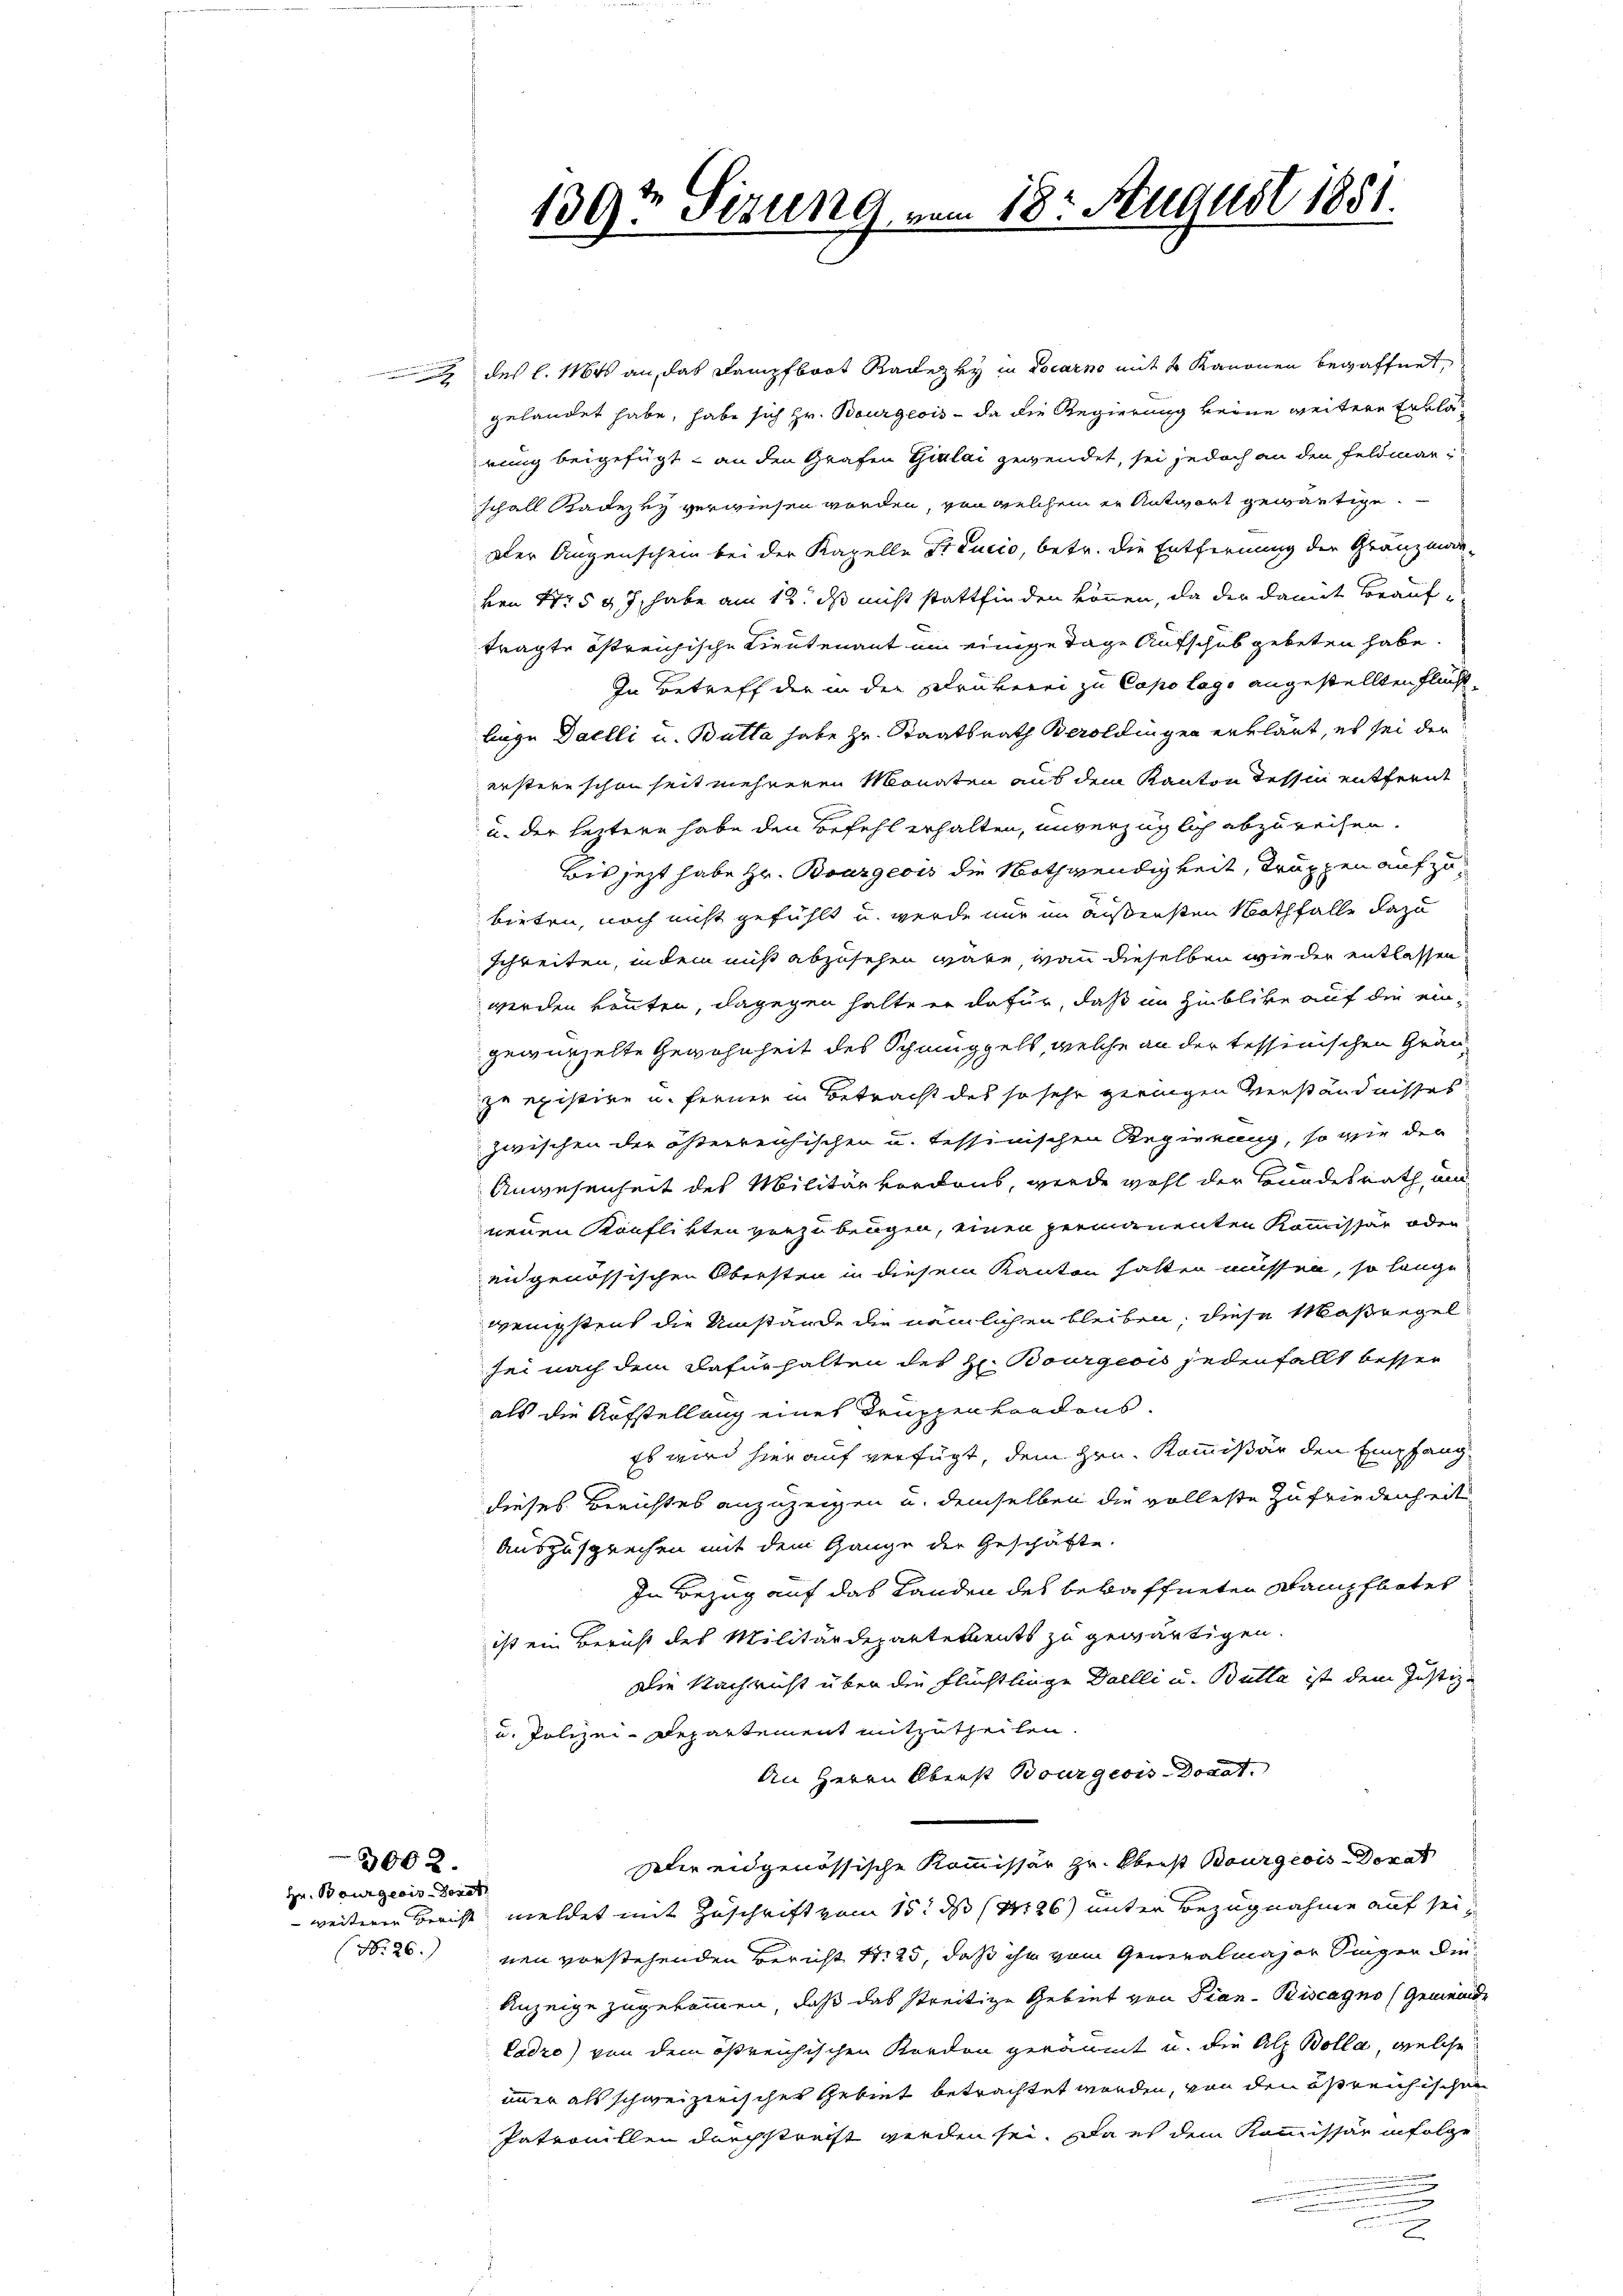
Hr. Bourgeris Dorot

3002.

1397 Sizung vom 18. August 1851.

des l. Mts. an das Kampfboot Radezky in Locarno mit 2 Kanonen bewaffnet,
gelandet habe, habe sich Hr. Bourgeois - da die Regierung keine weitere Erklärung beigefügt - an den Grafen Gialai gewendet, sei jedoch an den Feldmarschall Radezky verwiesen worden, von welchem er Antwort gewärtige.
Der Augenschein bei der Kapelle Treucio, betr. die Entfernung der Gränzman-
von No 597, habe am 12. ds nicht stattfinden können, da der damit Beauftragte östreichische Lieutenant um einige Tage Aufschub gebeten habe.
In Betreff der in der Klrukerei zu Capo lago angestellten Fluchtlege Daelli u. Butta habe Hr. Staatsrath Beroldingen erklärt, es sei der
erstere schon heit mehreren Monaten aus dem Kanton Tessin entfernt
u. der leztere habe den Befehl erhalten, unverzüglich abzureisen.
Bis jezt habe Hr. Bourgeois die Nothwendigkeit, Truppen aufzubieten, noch nicht gefühlt u. werde nur im äußersten Nothfalle dazu
schreiten, indem muß abzusehen wäre, wenn dieselben wie der entlassen
werden könnten, dagegen halte er dafür, daß im Hinblike auf die eingewürzelte Gewohnheit des Schmuggels, welche an der tessinischen Gränzu existire u. ferner in Betracht des so sehr geringen Verständnisses
zwischen der österreichischen u. tessinischen Regierung, so wie der
Anwesenheit des Militärkordons, werde wohl der Bundesrath un
neuen Konflikten vorzubeugen, einen permanenten Kommissär oder
eidgenössischen Obersten in diesem Kanton hatten müssen, so lange
wenigstens die Umstände die nämlichen bleiben, diese Maßregel
sei nach dem Dafürhalten des Hr. Bourgeois jedenfalls besser
als die Aufstellung eines Truppenkordons.
Es wird hier auf verfügt, dem Hrn. Kommißär den Empfang
dieses Berichtes anzuzeigen u. demselben die volleste Zufriedenheit
Auszusprechen mit dem Gange der Geschäfte.
In Bezug auf das Landen des bewaffneten Kampfbotes
ist ein Bericht des Militärdepartetents zu gewärtigen.
Die Nachricht über die Flüchtlinge Daelli u. Bulla ist dem Justiz-
u. Polizei-Departement mitzutheilen.
An Herrn Oberst Bourgeois Donat
Dir eidgenössische Kommissär zu. Oberst Bourgeois Donat
weiterer Bericht meldet mit Zuschrift vom 15t ds 1426) unter Bezugnahme auf sei¬
(Nr. 26. neu vorstehenden Bericht S. 25, daß ihn vom Generalmajor Singen die
Anzeige zugekommen, daß das streitige Gebiet von Pian- Biscagno (Gemeinde
Cadro) von dem ößreichischen Kordon geräumt u. die Alp Bolla, welche
immer als schweizerisches Gebret betrachtet worden, von den östreichischen
Patrouillen durchstreift werden sei. Da es dem Kommissär infolge
.
.